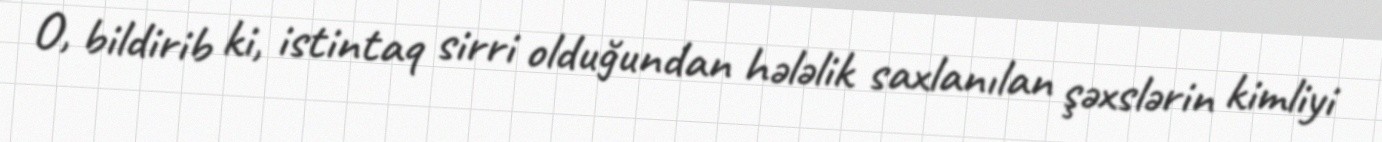
O, bildirib ki, istintaq sirri olduğundan hələlik saxlanılan şəxslərin kimliyi